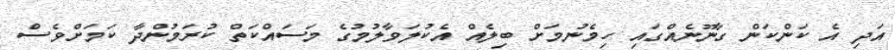
އަދި އެ ކަންކަން ގާނޫނެއްގައި ހިމެނުމަށް ބިލެއް އެކުލަވާލުމުގެ މަސައްކަތް ކުރަމުންދާ ކަމަށްވެސް